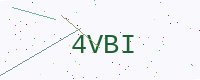
Text: 4VBI